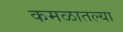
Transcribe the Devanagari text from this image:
कमळातल्या